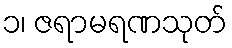
၁၊ ဇရာမရဏသုတ်